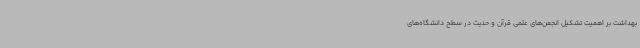
بهداشت بر اهمیت تشکیل انجمن‌های علمی قرآن و حدیث در سطح دانشگاه‌های